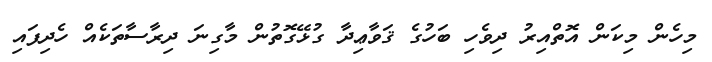
މިހެން މިކަން އޮތްއިރު ދިވެހި ބަހުގެ ޤަވާޢިދާ ގުޅޭގޮތުން މާގިނަ ދިރާސާތަކެއް ހެދިފައި